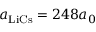
a _ { \mathrm { { L i C s } } } = 2 4 8 a _ { 0 }